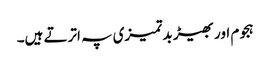
ہجوم اور بھیڑ بدتمیزی پہ اترتے ہیں۔